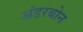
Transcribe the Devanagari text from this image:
अंडरबोन